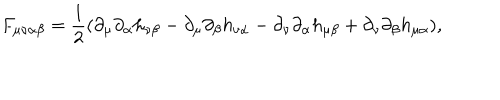
LaTeX: F _ { \mu \nu \alpha \beta } = \frac 1 2 ( \partial _ { \mu } \partial _ { \alpha } h _ { \nu \beta } - \partial _ { \mu } \partial _ { \beta } h _ { \nu \alpha } - \partial _ { \nu } \partial _ { \alpha } h _ { \mu \beta } + \partial _ { \nu } \partial _ { \beta } h _ { \mu \alpha } ) ,